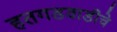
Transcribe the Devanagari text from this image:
हतगडवाडीचे